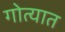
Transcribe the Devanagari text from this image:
गोत्यात